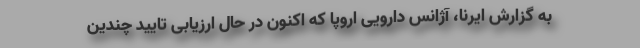
به گزارش ایرنا، آژانس دارویی اروپا که اکنون در حال ارزیابی تایید چندین